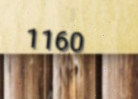
1160